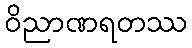
ဝိညာဏရတဿ